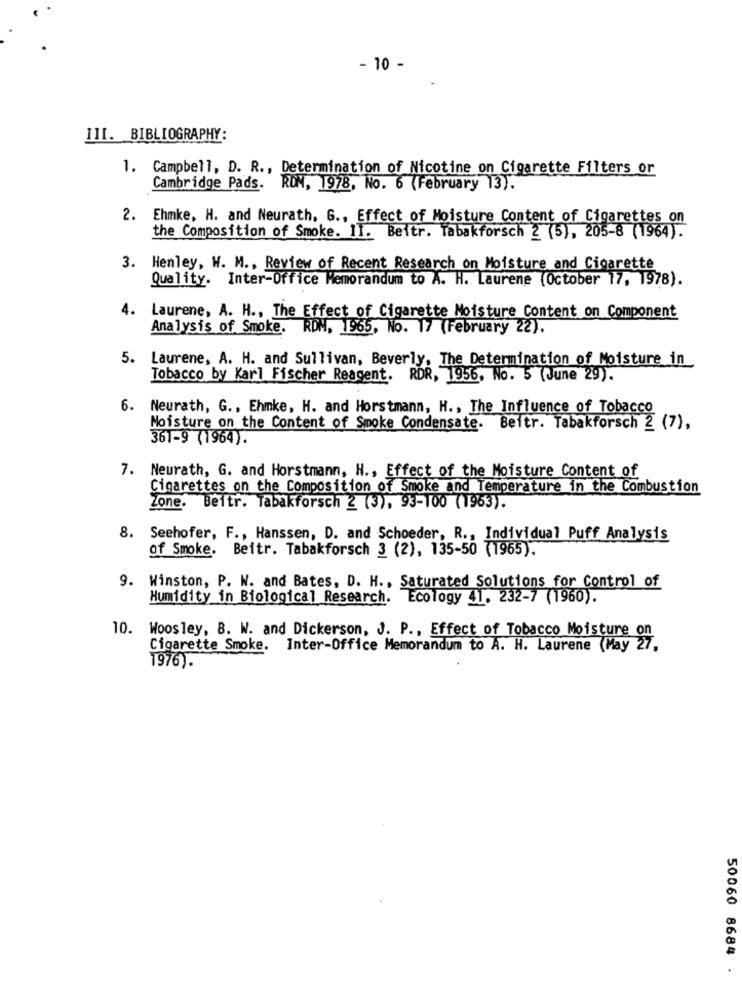
- 10 -
III. BIBLIOGRAPHY:
1. Campbell, D. R ., Determination of Nicotine on Cigarette Filters or
Cambridge Pads. ROM, 1978, No. 6 (February 13).
2. Ehmke, H. and Neurath, 6 ., Effect of Moisture Content of Cigarettes on
the Composition of Smoke. 11. Beitr. Tabakforsch 2 (5), 205-8 (1964).
3. Henley, W. M ., Review of Recent Research on Moisture and Cigarette
Quality. Inter-Office Memorandum to A. H. Laurene (October 17, 1978).
4. Laurene, A. H ., The Effect of Cigarette Moisture Content on Component
Analysis of Smoke. RDN, 1965, No. 17 (February 22).
5. Laurene, A. H. and Sullivan, Beverly, The Determination of Moisture in
Tobacco by Karl Fischer Reagent. RDR, 1956, No. 5 (June 29).
6. Neurath, G ., Ehmke, H. and Horstmann, H ., The Influence of Tobacco
Moisture on the Content of Smoke Condensate. Beitr. Tabakforsch 2 (7),
361-9 (1964).
7. Neurath, G. and Horstmann, H ., Effect of the Moisture Content of
Cigarettes on the Composition of Smoke and Temperature in the Combustion
Zone. Beitr. Tabakforsch 2 (3), 93-100 (1963).
Seehofer, F ., Hanssen, D. and Schoeder, R ., Individual Puff Analysis
of Smoke. Beitr. Tabakforsch 3 (2), 135-50 (1965).
9. Winston, P. W. and Bates, D. H ., Saturated Solutions for Control of
Humidity in Biological Research. Ecology 41. 232-7 (1960).
10. Woosley, B. W. and Dickerson, J. P ., Effect of Tobacco Moisture on
Cigarette Smoke.
Inter-Office Memorandum to A. H. Laurene (May 27,
1976).
50060 8684 .